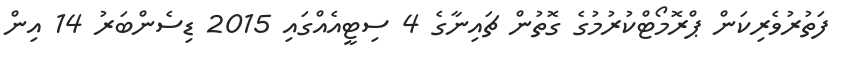
ފަތުރުވެރިކަން ޕްރޮމޯޓްކުރުމުގެ ގޮތުން ޗައިނާގެ 4 ސިޓީއެއްގައި 2015 ޑިސެންބަރު 14 އިން